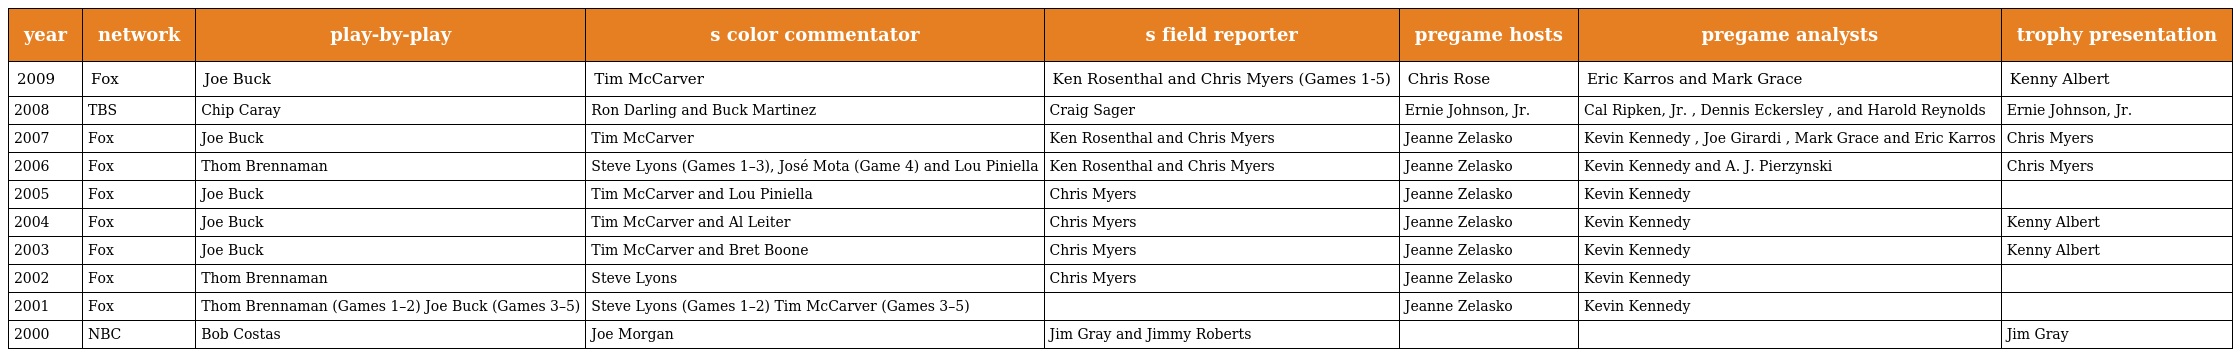
| year | network | play-by-play | s color commentator | s field reporter | pregame hosts | pregame analysts | trophy presentation |
 | --- | --- | --- | --- | --- | --- | --- | --- |
 | 2009 | Fox | Joe Buck | Tim McCarver | Ken Rosenthal and Chris Myers (Games 1-5) | Chris Rose | Eric Karros and Mark Grace | Kenny Albert |
 | 2008 | TBS | Chip Caray | Ron Darling and Buck Martinez | Craig Sager | Ernie Johnson, Jr. | Cal Ripken, Jr. , Dennis Eckersley , and Harold Reynolds | Ernie Johnson, Jr. |
 | 2007 | Fox | Joe Buck | Tim McCarver | Ken Rosenthal and Chris Myers | Jeanne Zelasko | Kevin Kennedy , Joe Girardi , Mark Grace and Eric Karros | Chris Myers |
 | 2006 | Fox | Thom Brennaman | Steve Lyons (Games 1–3), José Mota (Game 4) and Lou Piniella | Ken Rosenthal and Chris Myers | Jeanne Zelasko | Kevin Kennedy and A. J. Pierzynski | Chris Myers |
 | 2005 | Fox | Joe Buck | Tim McCarver and Lou Piniella | Chris Myers | Jeanne Zelasko | Kevin Kennedy |  |
 | 2004 | Fox | Joe Buck | Tim McCarver and Al Leiter | Chris Myers | Jeanne Zelasko | Kevin Kennedy | Kenny Albert |
 | 2003 | Fox | Joe Buck | Tim McCarver and Bret Boone | Chris Myers | Jeanne Zelasko | Kevin Kennedy | Kenny Albert |
 | 2002 | Fox | Thom Brennaman | Steve Lyons | Chris Myers | Jeanne Zelasko | Kevin Kennedy |  |
 | 2001 | Fox | Thom Brennaman (Games 1–2) Joe Buck (Games 3–5) | Steve Lyons (Games 1–2) Tim McCarver (Games 3–5) |  | Jeanne Zelasko | Kevin Kennedy |  |
 | 2000 | NBC | Bob Costas | Joe Morgan | Jim Gray and Jimmy Roberts |  |  | Jim Gray |